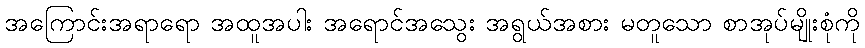
အကြောင်းအရာရော အထူအပါး အရောင်အသွေး အရွယ်အစား မတူသော စာအုပ်မျိုးစုံကို